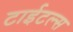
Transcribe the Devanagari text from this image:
टाईटल्स